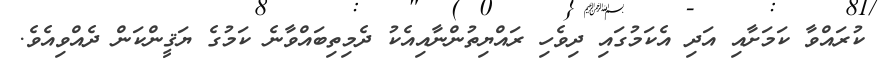
ކުރައްވާ ކަމަށާއި އަދި އެކަމުގައި ދިވެހި ރައްޔިތުންނާއިއެކު ދެމިތިބައްވާނެ ކަމުގެ ޔަޤީންކަން ދެއްވިއެވެ.